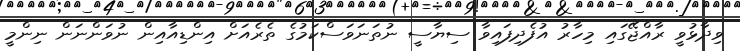
ވިދާޅުވީ ރާއްޖޭގައި މިހާރު އުފެދިފައިވާ ސިޔާސީ ނުތަނަވަސްކަމުގެ ތެރެއަށް އިންޑިއާއިން ނުވަންނަން ނިންމީ